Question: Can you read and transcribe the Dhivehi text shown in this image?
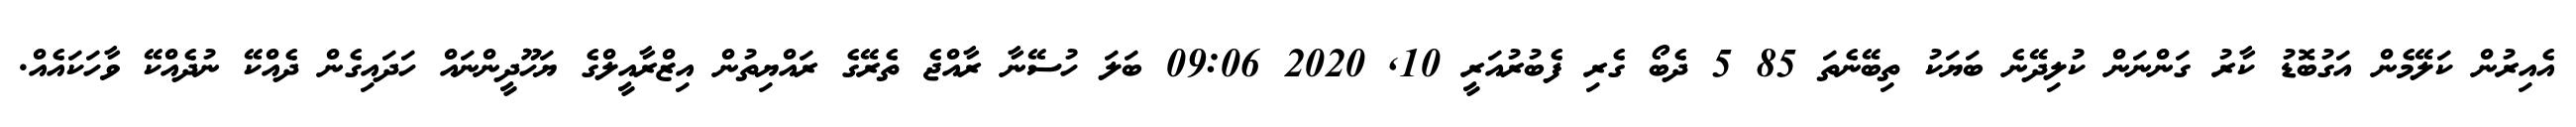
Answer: އެއިރުން ކަލޭމެން އަގުބޮޑު ކާރު ގަންނަން ކުލިދޭނެ ބަޔަކު ތިބޭނެތަ 85 5 ދެބޯ ގެރި ފެބުރުއަރީ 10, 2020 09:06 ބަލަ ހުސޭނާ ރާއްޖެ ތެރޭގެ ރައްޔިތުން އިޒްރާއީލްގެ ޔަހޫދީންނައް ހަދައިގެން ދެއްކޭ ނުދެއްކޭ ވާހަކައެއް.